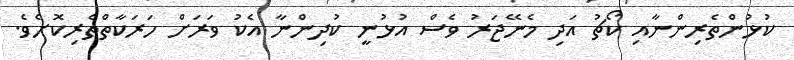
ކުޅުންތެރިންނާއި ކޯޗު އަދި މެނޭޖަރު ވެސް އުޅުނީ ކުދިންނާ އެކު ވަރަށް ހަރަކާތްތެރިކޮށެވެ.